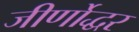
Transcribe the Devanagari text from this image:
जीर्णोद्धर